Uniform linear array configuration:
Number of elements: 32
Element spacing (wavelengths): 1
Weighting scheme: blackman
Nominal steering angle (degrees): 30
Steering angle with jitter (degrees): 28.364
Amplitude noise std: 0.05
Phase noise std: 0.05

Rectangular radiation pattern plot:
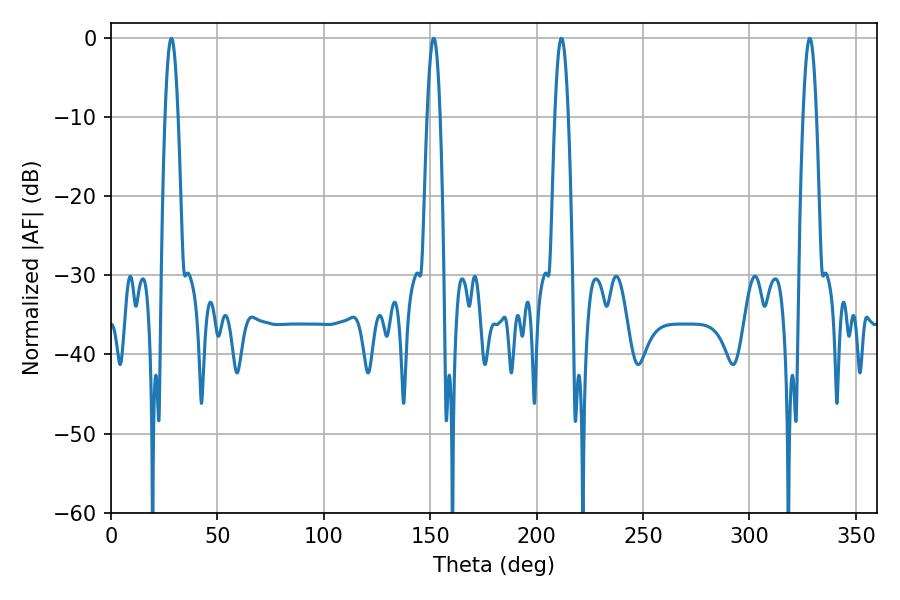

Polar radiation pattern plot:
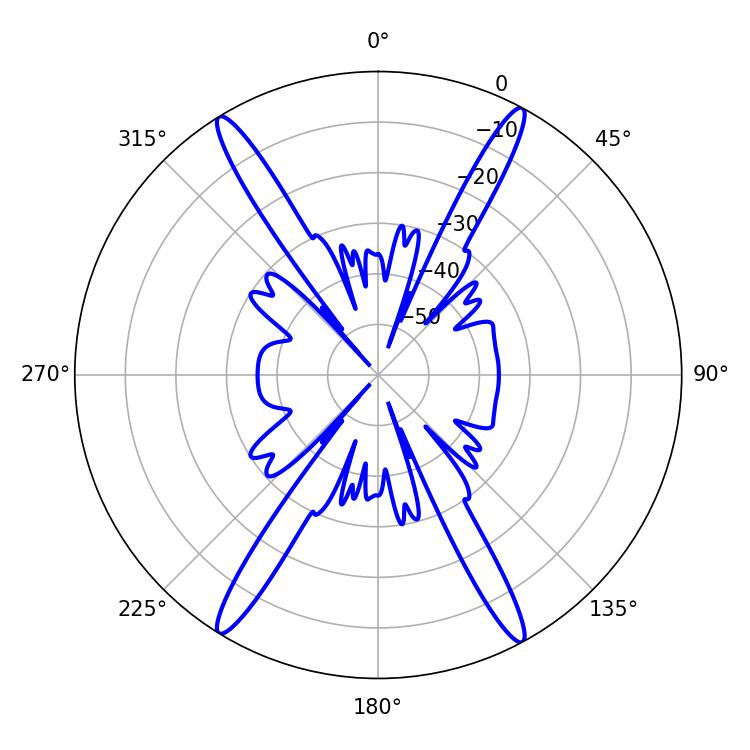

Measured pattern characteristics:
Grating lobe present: TRUE
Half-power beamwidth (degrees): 3.42
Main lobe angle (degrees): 328.32